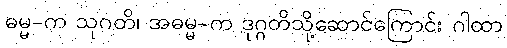
ဓမ္မ-က သုဂတိ၊ အဓမ္မ-က ဒုဂ္ဂတိသို့ဆောင်ကြောင်း ဂါထာ